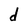
Character: d